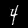
Label: 4